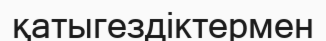
қатыгездіктермен